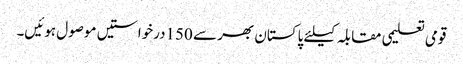
قومی تعلیمی مقابلہ کیلئے پاکستان بھر سے 150درخواستیں موصول ہوئیں۔